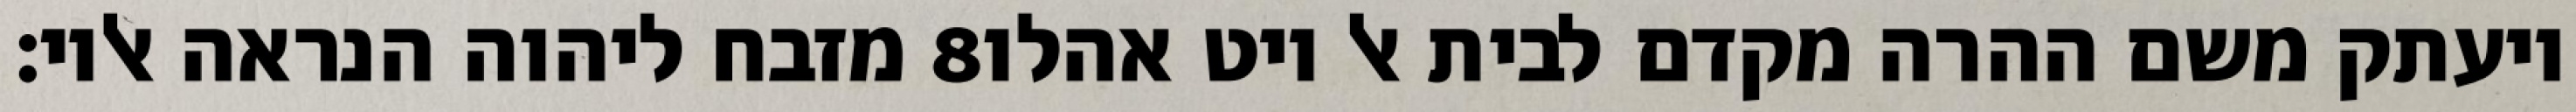
מזבח ליהוה הנראה אליו׃ ‎8‏ ויעתק משם ההרה מקדם לבית אל ויט אהלו